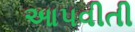
આપવીતી